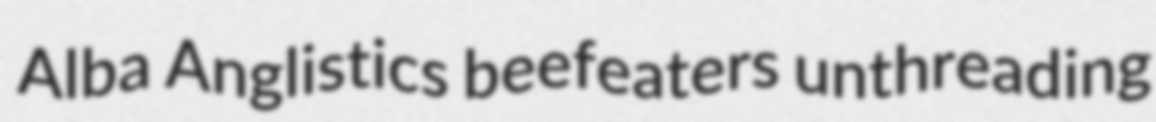
Alba Anglistics beefeaters unthreading